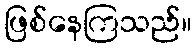
ဖြစ်နေကြသည်။